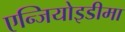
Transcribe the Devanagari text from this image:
एन्जियोइडीमा